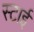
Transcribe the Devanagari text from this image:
स्टाई